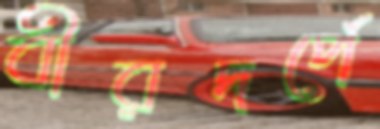
বীরদর্পে